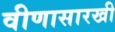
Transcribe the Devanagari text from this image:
वीणासारखी